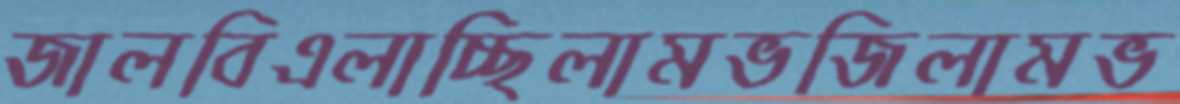
জালবিএলাচ্ছিলামভজিলামভ